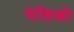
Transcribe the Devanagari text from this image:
पेलिको